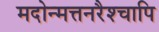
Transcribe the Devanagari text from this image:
मदोन्मत्तनरैश्‍चापि